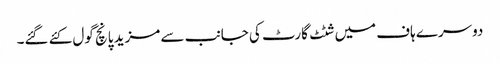
دوسرے ہاف میں شٹٹ گارٹ کی جانب سے مزید پانچ گول کئے گئے۔